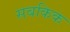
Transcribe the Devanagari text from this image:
सबकिक